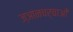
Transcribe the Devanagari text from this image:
ज्ञानचर्चाओं